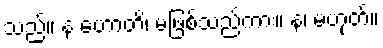
သည်။ န ဟောတိ၊ မဖြစ်သည်ကား။ န၊ မဟုတ်။